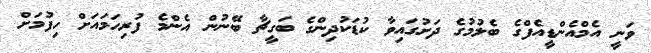
ވަނީ އެމްއެންޑީއެފްގެ ބެލުމުގެ ދަށުގައިވާ ކުޑަކުދިންގެ ބަގީޗާ ބޭނުން އެންމެ ފުރިހަމައަށް ހިފުމަށް